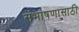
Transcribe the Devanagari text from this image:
संभाषणासाठी